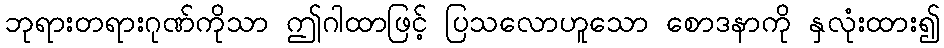
ဘုရားတရားဂုဏ်ကိုသာ ဤဂါထာဖြင့် ပြသလောဟူသော စောဒနာကို နှလုံးထား၍